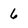
Character: 6